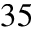
3 5